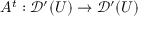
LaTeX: A ^ { t } : { \mathcal { D } } ^ { \prime } ( U ) \to { \mathcal { D } } ^ { \prime } ( U )